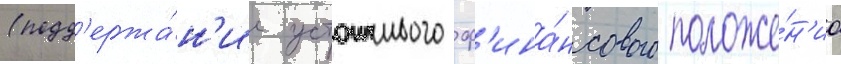
(подд'ержа́н'ие устоичивого ф'ина́нсового положе́н'иа